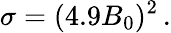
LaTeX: \sigma=(4.9B_{0})^{2}\, .